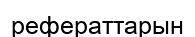
рефераттарын